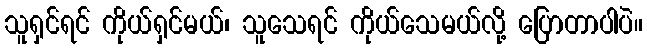
သူရှင်ရင် ကိုယ်ရှင်မယ်၊ သူသေရင် ကိုယ်သေမယ်လို့ ပြောတာပါပဲ။